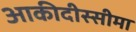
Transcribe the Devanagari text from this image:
आकीदीस्सीमा